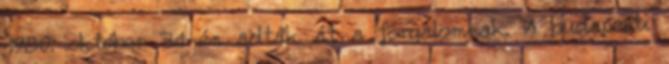
1980. október 31-én adták át a forgalomnak. A budapesti